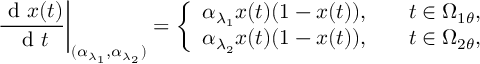
\frac { \textrm { d } x ( t ) } { \textrm { d } t } \bigg | _ { ( \alpha _ { \lambda _ { 1 } } , \alpha _ { \lambda _ { 2 } } ) } = \left\{ \begin{array} { r l r } { \alpha _ { \lambda _ { 1 } } x ( t ) ( 1 - x ( t ) ) , } & { } & { t \in \Omega _ { 1 \theta } , } \\ { \alpha _ { \lambda _ { 2 } } x ( t ) ( 1 - x ( t ) ) , } & { } & { t \in \Omega _ { 2 \theta } , } \end{array} \right.